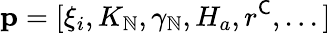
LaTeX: \mathbf{p}=[\xi_{i},K_{\mathbb{N}},\gamma_{\mathbb{N}},H_{a},r^{\mathsf{C}},...]